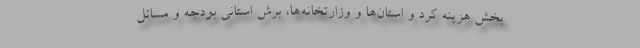
بخش هزینه کرد و استان‌ها و وزارتخانه‌ها، برش استانی بودجه و مسائل